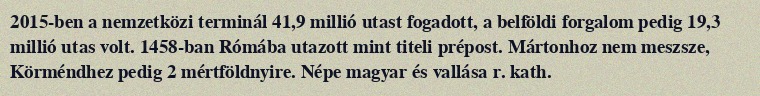
2015-ben a nemzetközi terminál 41,9 millió utast fogadott, a belföldi forgalom pedig 19,3 millió utas volt. 1458-ban Rómába utazott mint titeli prépost. Mártonhoz nem meszsze, Körméndhez pedig 2 mértföldnyire. Népe magyar és vallása r. kath.